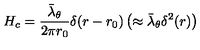
H _ { c } = \frac { \bar { \lambda } _ { \theta } } { 2 \pi r _ { 0 } } \delta ( r - r _ { 0 } ) \left( \approx \bar { \lambda } _ { \theta } \delta ^ { 2 } ( r ) \right)